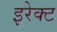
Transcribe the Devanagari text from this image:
इरेक्ट